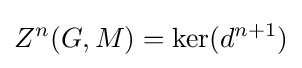
Z^{n}(G,M)=\ker(d^{n+1})